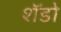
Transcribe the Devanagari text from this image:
शॅडो